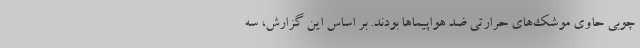
چوبی حاوی موشک‌های حرارتی ضد هواپیماها بودند. بر اساس این گزارش، سه